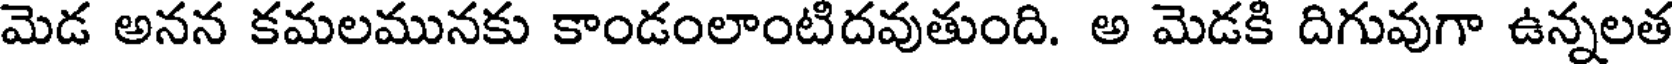
మెడ అనన కమలమునకు కాండంలాంటిదవుతుంది. అ మెడకి దిగువుగా ఉన్నలత